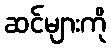
ဆင်များကို